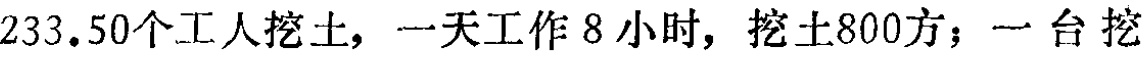
233.50个工人挖土，一天工作8小时，挖土800方；一台挖